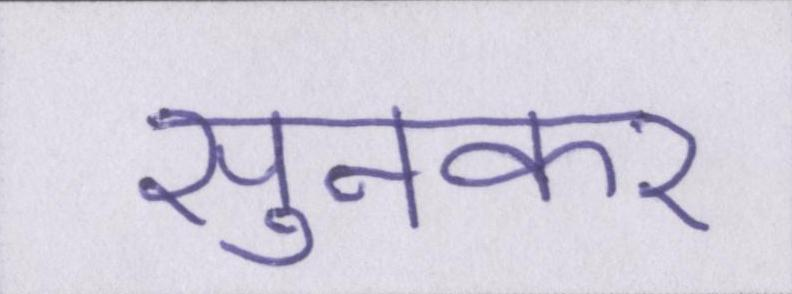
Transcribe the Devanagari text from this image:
सुनकर